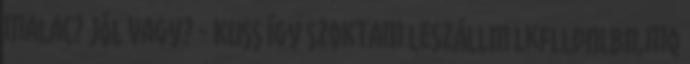
malac? Jól vagy? - Kuss Így szoktam leszállni lkflldnlbn,mq